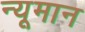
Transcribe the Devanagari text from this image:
न्यूमान